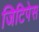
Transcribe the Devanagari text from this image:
जिटिपेस